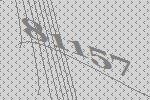
81157